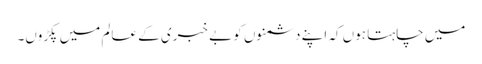
میں چاہتا ہوں کہ اپنے دشمنوں کو بے خبری کے عالم میں پکڑوں۔